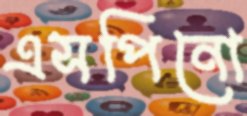
এসপিনো